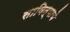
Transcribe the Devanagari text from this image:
सावित्याचे